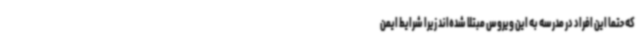
که حتما این افراد در مدرسه به این ویروس مبتلا شده‌اند زیرا شرایط ایمن